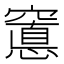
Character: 𮄖